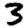
Digit: 3